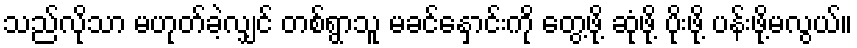
သည်လိုသာ မဟုတ်ခဲ့လျှင် တစ်ရွာသူ မခင်နှောင်းကို တွေ့ဖို့ ဆုံဖို့ ပိုးဖို့ ပန်းဖို့မလွယ်။